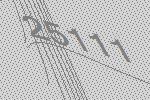
25111